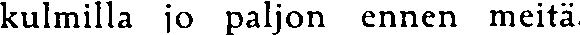
kulmilla jo paljon ennen meitä